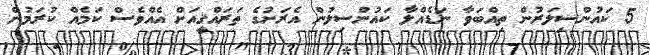
5 ކައުންސިލަރުން ތިއްބަވާ ނަޑެއްލާ ކައުންސިލުން އެރަށުގެ ތަރައްޤީއަށް އެއްވެސް ކަމެއް ކުރަމުން